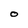
Character: O